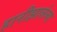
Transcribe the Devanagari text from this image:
हानीझालेल्या